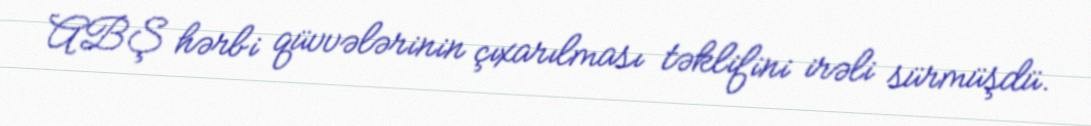
ABŞ hərbi qüvvələrinin çıxarılması təklifini irəli sürmüşdü.